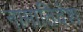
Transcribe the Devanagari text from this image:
नामातिदेश